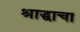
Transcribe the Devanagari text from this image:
श्राद्धाचा